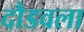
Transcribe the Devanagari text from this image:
दौडवला